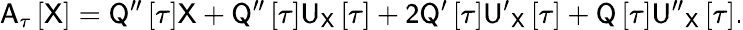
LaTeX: \sf A_{\tau}\left[\sf X\right]=\sf{Q^{\prime\prime}}\left[\tau\right]\sf{X}+\sf{Q^{\prime\prime}}\left[\tau\right]\sf{U}_{\sf X}\left[\tau\right]+2\sf{Q^{\prime}}\left[\tau\right]\sf{U^{\prime}}_{\sf X}\left[\tau\right]+\sf{Q}\left[\tau\right]\sf{U^{\prime\prime}}_{\sf X}\left[\tau\right].